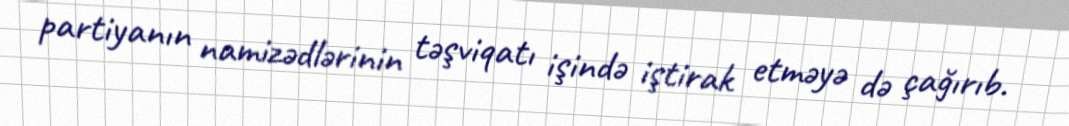
partiyanın namizədlərinin təşviqatı işində iştirak etməyə də çağırıb.